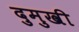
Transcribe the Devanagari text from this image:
दुमुखी